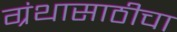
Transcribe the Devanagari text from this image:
ग्रंथासाठीचा